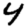
Digit: 4